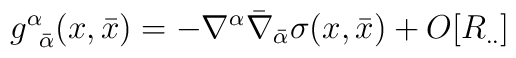
g^{\alpha}_{\;\;{\bar \alpha}}( x, {\bar x})  =- \nabla^{\alpha} {\bar \nabla}_{\bar \alpha}\sigma (x, {\bar x}) + O[R_{..}]